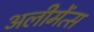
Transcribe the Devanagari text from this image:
अलीमेंत्स